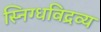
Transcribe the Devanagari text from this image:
स्निग्धविद्रव्य